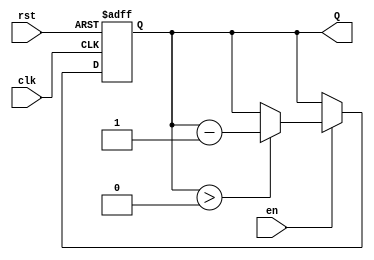
module down_counter (
    input wire clk,         // Clock signal
    input wire rst,         // Asynchronous reset
    input wire en,          // Enable signal
    output reg [3:0] Q      // 4-bit output for the count value (can be modified for different widths)
);

    // Define the maximum count value for a 4-bit counter
    localparam MAX_COUNT = 4'b1111; // 15 in decimal

    // Asynchronous reset and counting behavior
    always @ (posedge clk or posedge rst) begin
        if (rst) begin
            Q <= MAX_COUNT; // Reset to maximum count value
        end else if (en) begin
            if (Q > 0) begin
                Q <= Q - 1; // Decrement if enabled and greater than zero
            end
            // If Q is already zero, it remains zero
        end
    end

endmodule